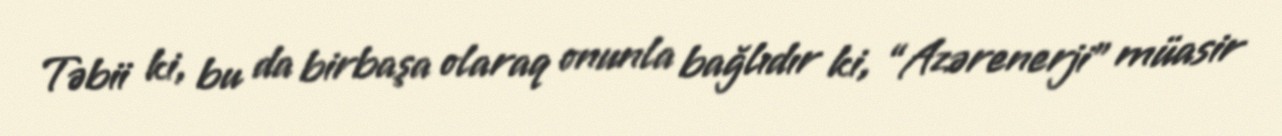
Təbii ki, bu da birbaşa olaraq onunla bağlıdır ki, “Azərenerji” müasir